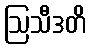
ဩသီဒတိ